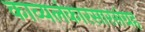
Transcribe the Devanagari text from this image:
काव्यलंकारसारसंग्रह